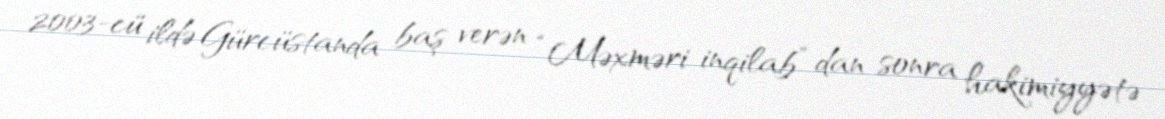
2003-cü ildə Gürcüstanda baş verən “Məxməri inqilab” dan sonra hakimiyyətə